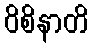
ဝိစိနာတိ